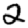
Digit: 2